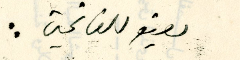
يعتو للفاتحين :